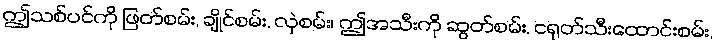
ဤသစ်ပင်ကို ဖြတ်စမ်း, ချိုင်စမ်း, လှဲစမ်း၊ ဤအသီးကို ဆွတ်စမ်း, ငရုတ်သီးထောင်းစမ်း,